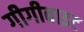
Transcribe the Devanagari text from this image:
गीगीबाइट